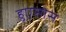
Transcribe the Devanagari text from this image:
हुएसोस